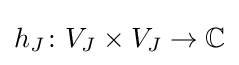
{\textstyle h_{J}\colon V_{J}\times V_{J}\to \mathbb {C} }